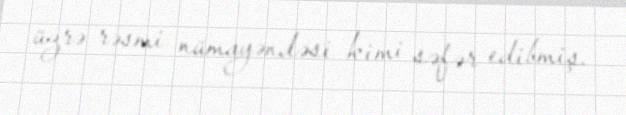
üzrə rəsmi nümayəndəsi kimi səfər edibmiş.